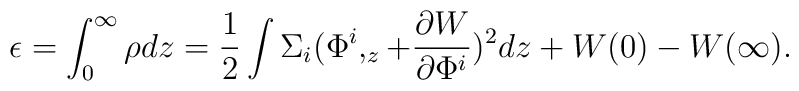
\epsilon=\int _0 ^\infty \rho dz =\frac 12 \int\Sigma _i( \Phi ^i,_z + \frac {\partial W}{\partial\Phi ^i})^2 dz + W(0) -W(\infty).